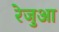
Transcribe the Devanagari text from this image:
रेजुआ